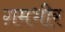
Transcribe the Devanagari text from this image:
ग़मभीर